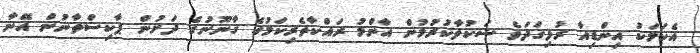
އެކަމަކު އިންޑިއާ ރުޅިގަދަވެ ޝަކުވާކުރުމުން އާންމު ރައްކާތެރިކަމުގެ ގާނޫނުގެ ދަށުން ޕާކިސްތާނުން އޭނާ